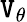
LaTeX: \mathtt{V}_{\theta}